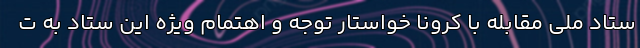
ستاد ملی مقابله با کرونا خواستار توجه و اهتمام ویژه این ستاد به ت